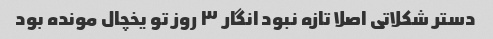
دستر شکلاتی اصلا تازه نبود انگار ٣ روز تو یخچال مونده بود